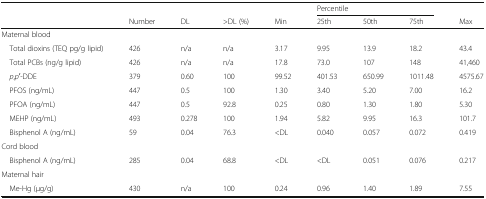
| <ROWSPAN=2>  |  |  |  |  | <COLSPAN=3> Percentile |  |
 | Number | DL | >DL (%) | Min | 25th | 50th | 75th | Max |
 | --- | --- | --- | --- | --- | --- | --- | --- | --- |
 | <COLSPAN=9> Maternal blood |
 | Total dioxins (TEQ pg/g lipid) | 426 | n/a | n/a | 3.17 | 9.95 | 13.9 | 18.2 | 43.4 |
 | Total PCBs (ng/g lipid) | 426 | n/a | n/a | 17.8 | 73.0 | 107 | 148 | 41,460 |
 | p,p′-DDE | 379 | 0.60 | 100 | 99.52 | 401.53 | 650.99 | 1011.48 | 4575.67 |
 | PFOS (ng/mL) | 447 | 0.5 | 100 | 1.30 | 3.40 | 5.20 | 7.00 | 16.2 |
 | PFOA (ng/mL) | 447 | 0.5 | 92.8 | 0.25 | 0.80 | 1.30 | 1.80 | 5.30 |
 | MEHP (ng/mL) | 493 | 0.278 | 100 | 1.94 | 5.82 | 9.95 | 16.3 | 101.7 |
 | Bisphenol A (ng/mL) | 59 | 0.04 | 76.3 | <DL | 0.040 | 0.057 | 0.072 | 0.419 |
 | <COLSPAN=9> Cord blood |
 | Bisphenol A (ng/mL) | 285 | 0.04 | 68.8 | <DL | <DL | 0.051 | 0.076 | 0.217 |
 | <COLSPAN=9> Maternal hair |
 | Me-Hg (μg/g) | 430 | n/a | 100 | 0.24 | 0.96 | 1.40 | 1.89 | 7.55 |